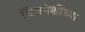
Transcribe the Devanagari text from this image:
चित्रपेशींच्या